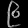
Digit: ၉